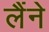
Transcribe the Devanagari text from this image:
लैंने